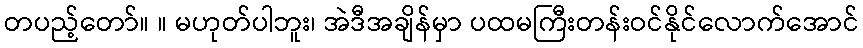
တပည့်တော်။ ။ မဟုတ်ပါဘူး၊ အဲဒီအချိန်မှာ ပထမကြီးတန်းဝင်နိုင်လောက်အောင်